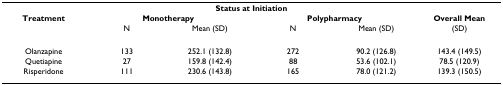
<table><thead><tr><td></td><td colspan="4"><b>Status at Initiation</b></td><td></td></tr><tr><td><b>Treatment</b></td><td colspan="2"><b>Monotherapy</b></td><td colspan="2"><b>Polypharmacy</b></td><td><b>Overall Mean</b></td></tr><tr><td></td><td><b>N</b></td><td><b>Mean (SD)</b></td><td><b>N</b></td><td><b>Mean (SD)</b></td><td><b>(SD)</b></td></tr></thead><tbody><tr><td>Olanzapine</td><td>133</td><td>252.1 (132.8)</td><td>272</td><td>90.2 (126.8)</td><td>143.4 (149.5)</td></tr><tr><td>Quetiapine</td><td>27</td><td>159.8 (142.4)</td><td>88</td><td>53.6 (102.1)</td><td>78.5 (120.9)</td></tr><tr><td>Risperidone</td><td>111</td><td>230.6 (143.8)</td><td>165</td><td>78.0 (121.2)</td><td>139.3 (150.5)</td></tr></tbody></table>